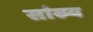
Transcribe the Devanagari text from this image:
सांख्‍य